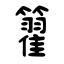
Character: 籊